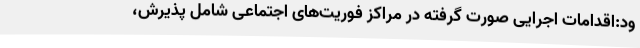
ود:اقدامات اجرایی صورت گرفته در مراکز فوریت‌های اجتماعی شامل پذیرش،